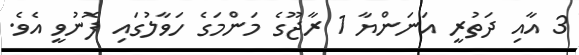
3 އާއި ދަތުރީ އަނަންޔާ 1 ރާޖޫގެ މަންމަގެ ހަވާލުގައި ފޮނުވީ އެވެ.